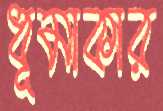
ধূমাকার